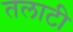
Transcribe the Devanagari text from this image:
तलाटी